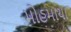
મોહમાયા